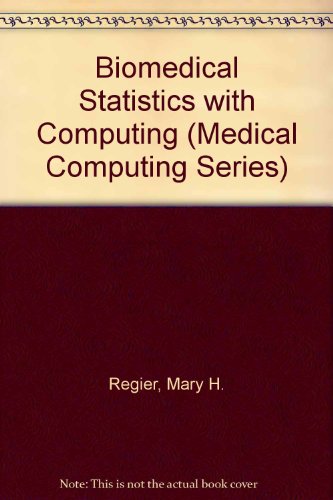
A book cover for Biomedical Statistics with Computing (Medical Computing Series); Mary H. Regier; Medical Books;